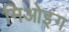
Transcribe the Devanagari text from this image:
मिओइंग